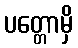
ပတ္တောမှိ